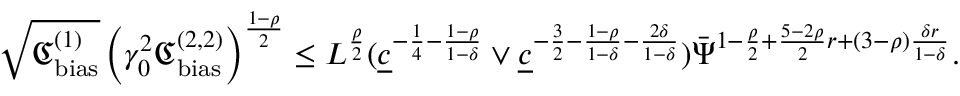
\sqrt { \mathfrak { C _ { \mathrm { b i a s } } ^ { ( 1 ) } } } \left( \gamma _ { 0 } ^ { 2 } \mathfrak { C _ { \mathrm { b i a s } } ^ { ( 2 , 2 ) } } \right) ^ { \frac { 1 - \rho } { 2 } } \le L ^ { \frac { \rho } { 2 } } ( \underline { { c } } ^ { - \frac { 1 } { 4 } - \frac { 1 - \rho } { 1 - \delta } } \vee \underline { { c } } ^ { - \frac { 3 } { 2 } - \frac { 1 - \rho } { 1 - \delta } - \frac { 2 \delta } { 1 - \delta } } ) \bar { \Psi } ^ { 1 - \frac { \rho } { 2 } + \frac { 5 - 2 \rho } { 2 } r + ( 3 - \rho ) \frac { \delta r } { 1 - \delta } } .